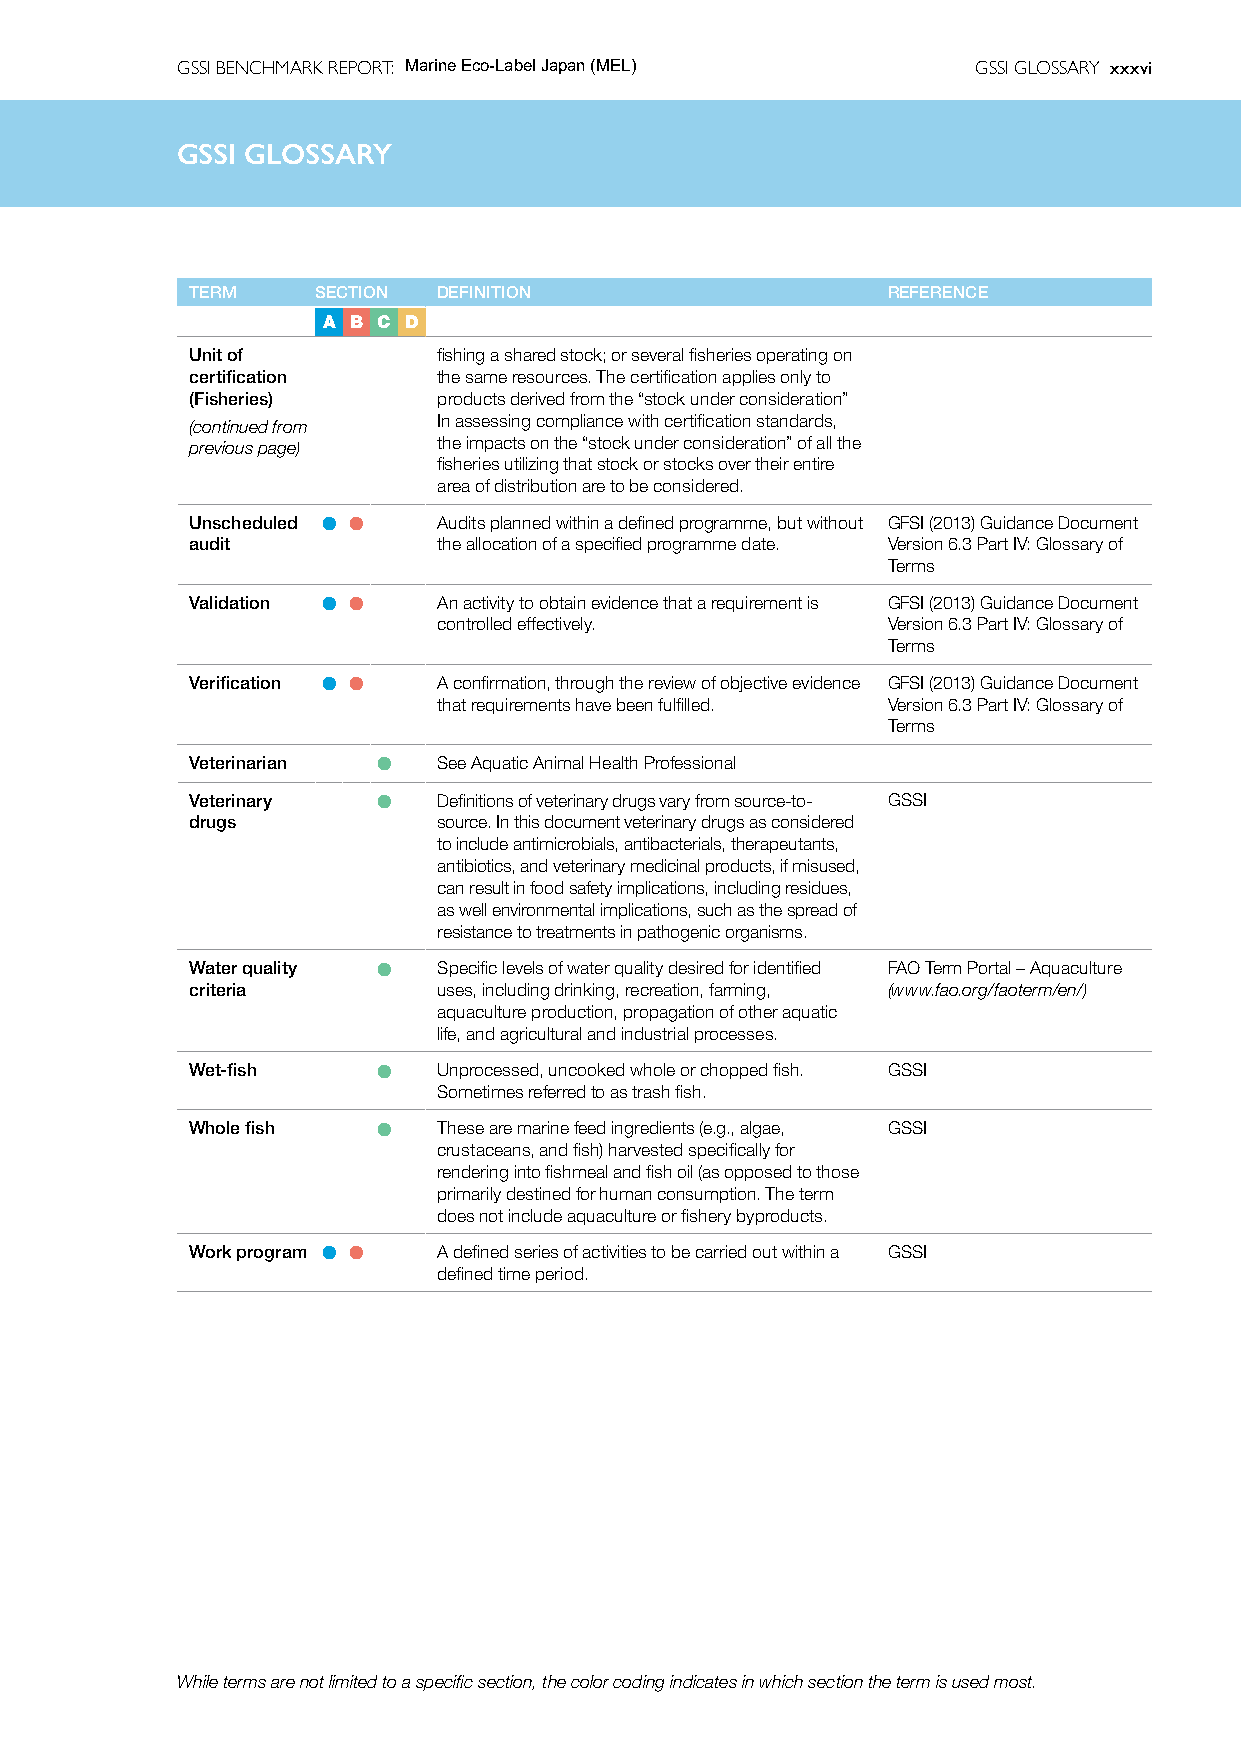
GSSI BENCHMARK REPORT: Marine Eco-Label Japan (MEL)  GSSI GLOSSARY xxxvi
 GSSIG  GSSIl oGsLOsaSSrAyRY
 TERM    SECTION DEFINITION                    REFERENCE
 A B C D
 Unit of         fishing a shared stock; or several fisheries operating on
 certification   the same resources. The certification applies only to
 (Fisheries)     products derived from the “stock under consideration”
 (continued from In assessing compliance with certification standards,
 previous page)  the impacts on the “stock under consideration” of all the
 fisheries utilizing that stock or stocks over their entire
 area of distribution are to be considered.
 Unscheduled l l Audits planned within a defined programme, but without GFSI (2013) Guidance Document
 audit           the allocation of a specified programme date. Version 6.3 Part IV: Glossary of
 Terms
 Validation l l  An activity to obtain evidence that a requirement is GFSI (2013) Guidance Document
 controlled effectively.       Version 6.3 Part IV: Glossary of
 Terms
 Verification l l A confirmation, through the review of objective evidence GFSI (2013) Guidance Document
 that requirements have been fulfilled. Version 6.3 Part IV: Glossary of
 Terms
 Veterinarian l  See Aquatic Animal Health Professional
 Veterinary  l   Definitions of veterinary drugs vary from source-to- GSSI
 drugs           source. In this document veterinary drugs as considered
 to include antimicrobials, antibacterials, therapeutants,
 antibiotics, and veterinary medicinal products, if misused,
 can result in food safety implications, including residues,
 as well environmental implications, such as the spread of
 resistance to treatments in pathogenic organisms.
 Water quality l Specific levels of water quality desired for identified FAO Term Portal – Aquaculture
 criteria        uses, including drinking, recreation, farming, (www.fao.org/faoterm/en/)
 aquaculture production, propagation of other aquatic
 life, and agricultural and industrial processes.
 Wet-fish    l   Unprocessed, uncooked whole or chopped fish. GSSI
 Sometimes referred to as trash fish.
 Whole fish  l   These are marine feed ingredients (e.g., algae, GSSI
 crustaceans, and fish) harvested specifically for
 rendering into fishmeal and fish oil (as opposed to those
 primarily destined for human consumption. The term
 does not include aquaculture or fishery byproducts.
 Work program l l A defined series of activities to be carried out within a GSSI
 defined time period.
 While terms are not limited to a specific section, the color coding indicates in which section the term is used most.